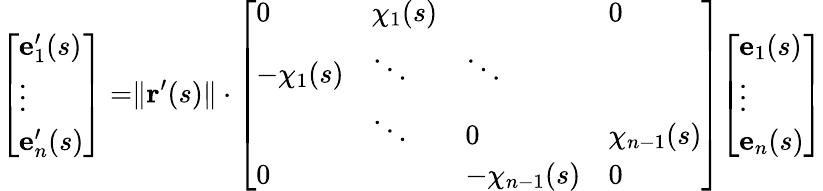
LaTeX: {\begin{array}{r}{{\left[\begin{array}{l}{\mathbf{e}_{1}^{\prime}(s)}\\ {\vdots}\\ {\mathbf{e}_{n}^{\prime}(s)}\end{array}\right]}=}\end{array}}\| \mathbf{r}^{\prime}(s)\| \cdot{\begin{array}{r}{{\left[\begin{array}{llll}{0}&{\chi_{1}(s)}&&{0}\\ {-\chi_{1}(s)}&{\ddots}&{\ddots}&\\ &{\ddots}&{0}&{\chi_{n-1}(s)}\\ {0}&&{-\chi_{n-1}(s)}&{0}\end{array}\right]}{\left[\begin{array}{l}{\mathbf{e}_{1}(s)}\\ {\vdots}\\ {\mathbf{e}_{n}(s)}\end{array}\right]}}\end{array}}